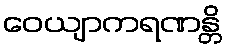
ဝေယျာကရဏန္တိ